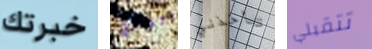
خبرتك اتصلتي تأخذني تتقبلي